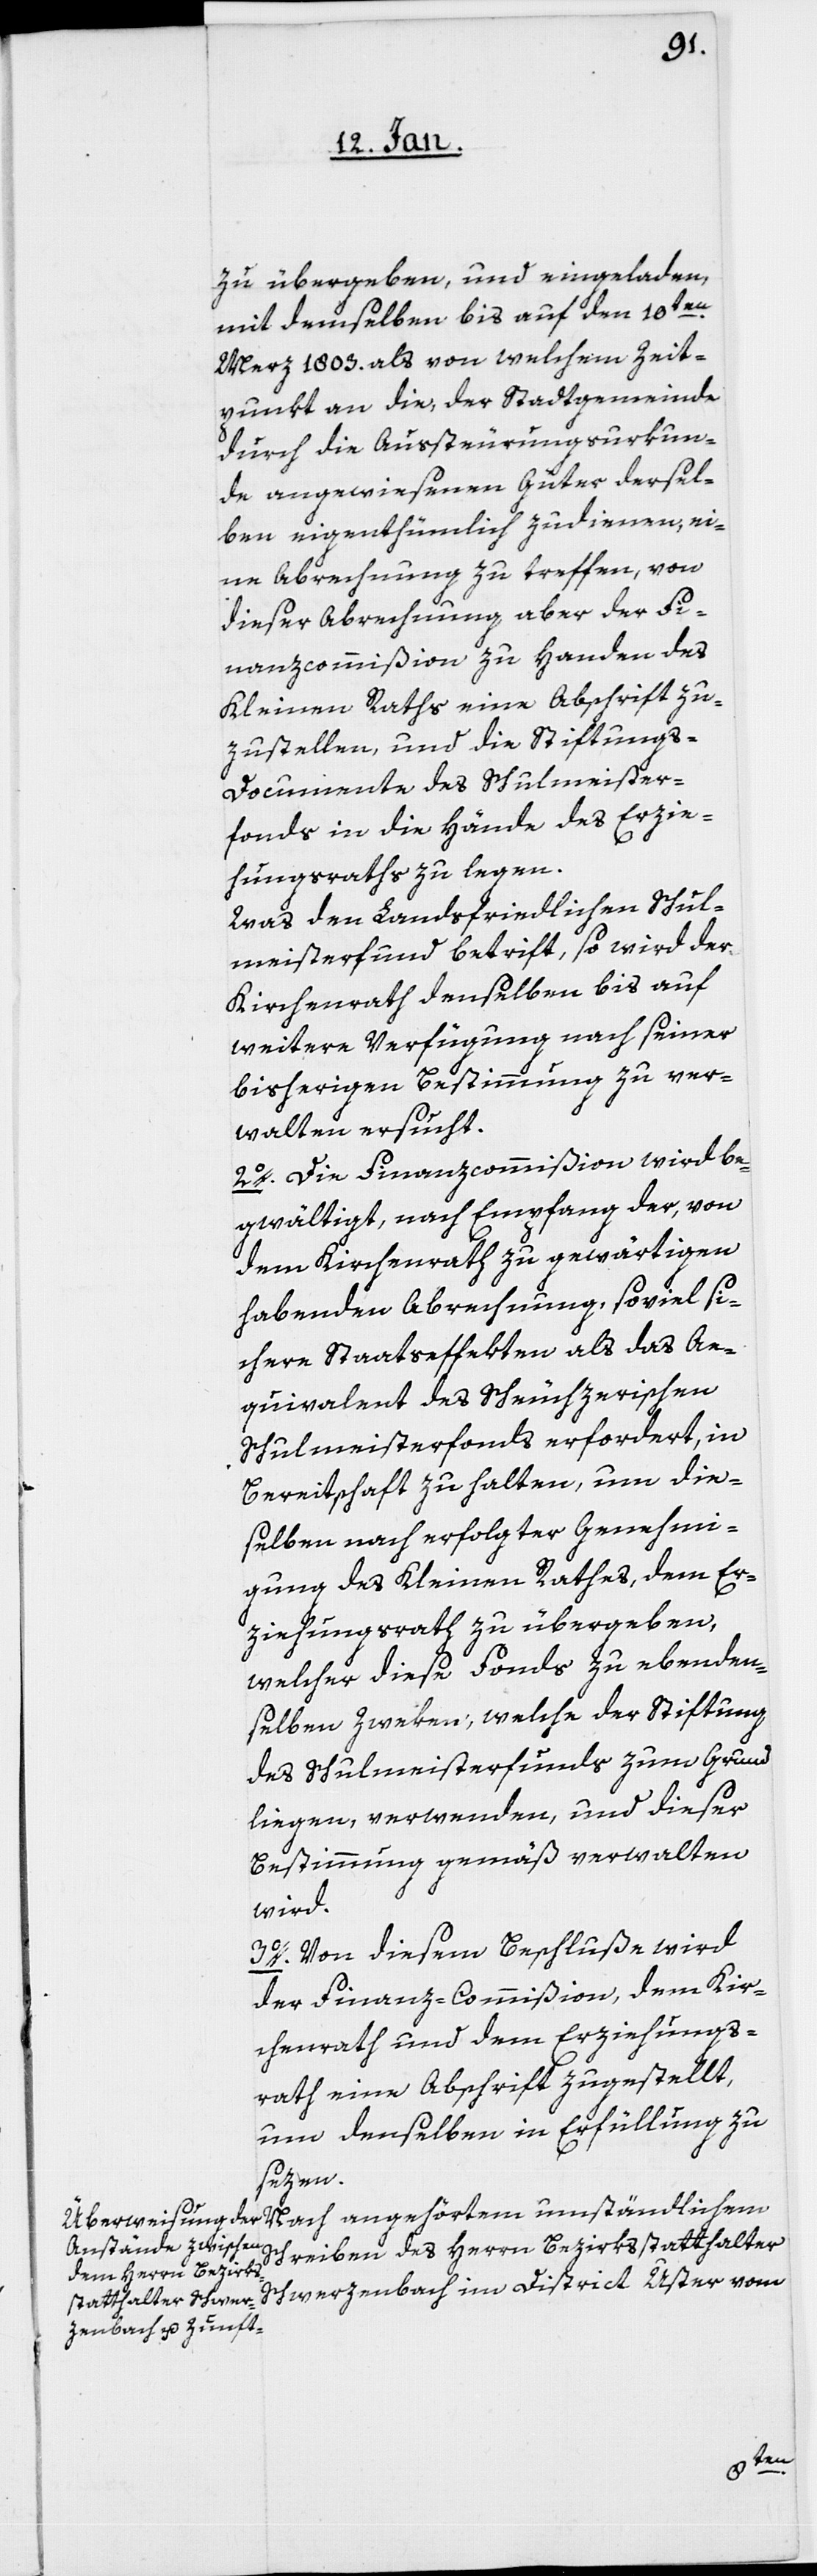
zu übergeben, und eingeladen,
mit demselben bis auf den 10ten.
Merz 1803. als von welchem Zeit¬
punkt an die, der Stadtgemeinde
durch die Aussteurungs-Urkun¬
de angewiesenen Güter dersel¬
ben eigenthümlich zudienen, ei¬
ne Abrechnung zu treffen, von
dieser Abrechnung aber der Fi¬
nanzcommißion zu Handen des
Kleinen Raths eine Abschrift zu¬
zustellen, und die Stiftung¬
s-Documente des Schulmeister¬
fonds in die Hände des Erzie¬
hungsraths zu legen.
Was den Landsfriedlichen Schul¬
meisterfund betrift, so wird der
Kirchenrath denselben bis auf
weitere Verfügung nach seiner
bisherigen Bestimmung zu ver¬
walten ersucht.
2o. Die Finanzcommißion wird be¬
gwältigt, nach Empfang der, von
dem Kirchenrath zu gewärtigen
habenden Abrechnung, soviel si¬
chere Staatseffekten als das Ae¬
quivalent des Scheuchzerischen
Schulmeisterfonds erfordert, in
Bereitschaft zu halten, um die¬
selben nach erfolgter Genehmi¬
gung des Kleinen Rathes, dem Er¬
ziehungsrath zu übergeben,
welcher diese Fonds zu ebenden¬
selben Zweken, welche der Stiftung
des Schulmeisterfunds zum Grund¬
liegen verwenden, und dieser
Bestimmung gemäß verwalten
wird.
3o. Von diesem Beschluße wird
der Finanz-Commißion, dem Kir¬
chenrath und dem Erziehungs¬
rath eine Abschrift zugestellt,
um denselben in Erfüllung zu
sezen.
Nach angehörtem umständlichen
Schreiben des Herrn Bezirksstatthalter
Schwerzenbach im District Uster vom